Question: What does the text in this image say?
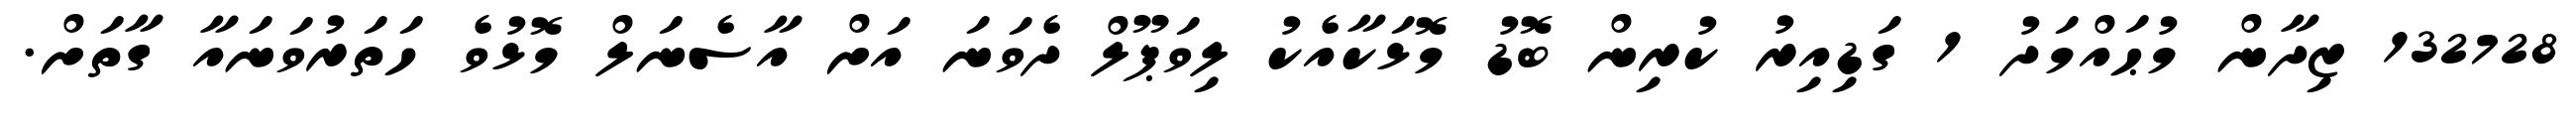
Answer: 132728 ޒިދާން މުޙައްމަދު 1 ގަޑިއިރު ކުރިން ބޮޑު މޮޅަކާއެކު ލިވަޕޫލް ދެވަނަ އަށް އާސެނަލް މޮޅުވެ ހަތަރުވަނައާ ގާތަށް.